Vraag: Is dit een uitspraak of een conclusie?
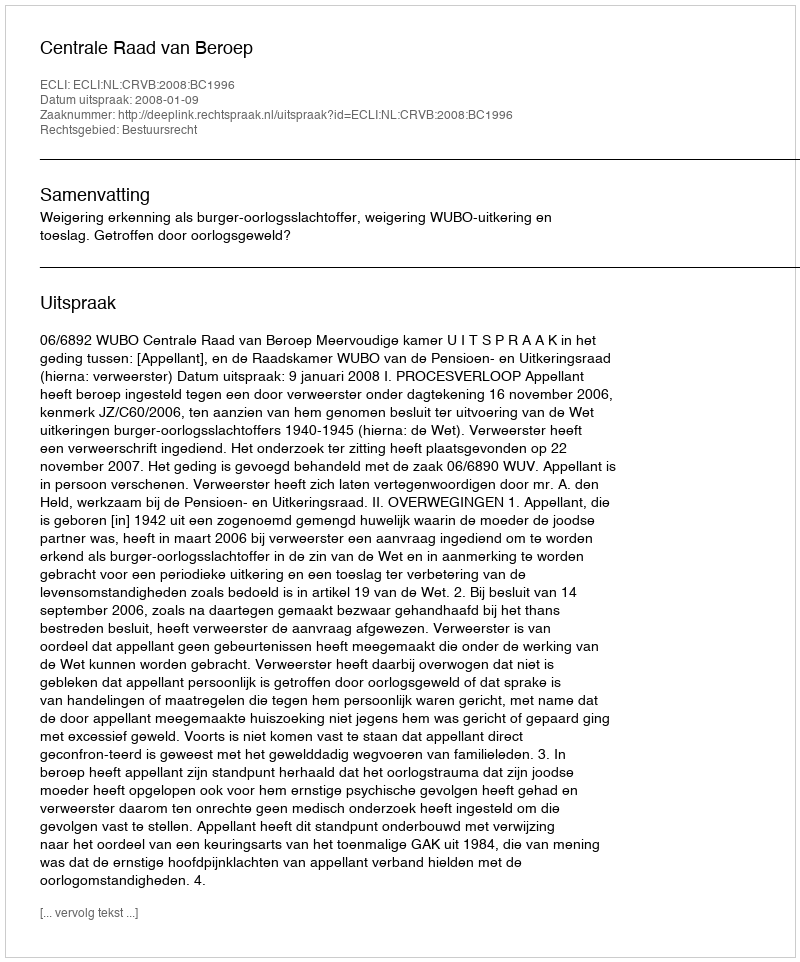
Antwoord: Uitspraak